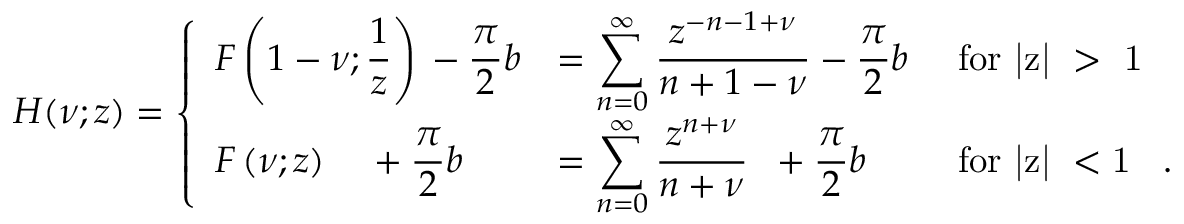
{ \cal H } ( \nu ; z ) = \left\{ \begin{array} { l l l } { { \displaystyle { \cal F } \left( 1 - \nu ; \frac { 1 } { z } \right) { } - \frac { \pi } { 2 } b } } & { { = \displaystyle { \sum _ { n = 0 } ^ { \infty } \frac { z ^ { - n - 1 + \nu } } { n + 1 - \nu } } { } - \frac { \pi } { 2 } b } } & { { \mathrm { ~ f o r ~ | z | ~ > ~ 1 ~ } } } \\ { { \displaystyle { \cal F } \left( \nu ; z \right) \; \; \; \; + \frac { \pi } { 2 } b } } & { { = \displaystyle { \sum _ { n = 0 } ^ { \infty } \frac { z ^ { n + \nu } } { n + \nu } } \; \; + \frac { \pi } { 2 } b } } & { { \mathrm { ~ f o r ~ | z | ~ < 1 ~ } \; \; . } } \end{array} \right.